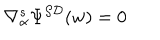
LaTeX: \nabla _ { \alpha } ^ { s } \Psi ^ { { \cal S D } } ( w ) = 0